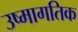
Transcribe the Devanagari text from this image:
उष्मागतिक